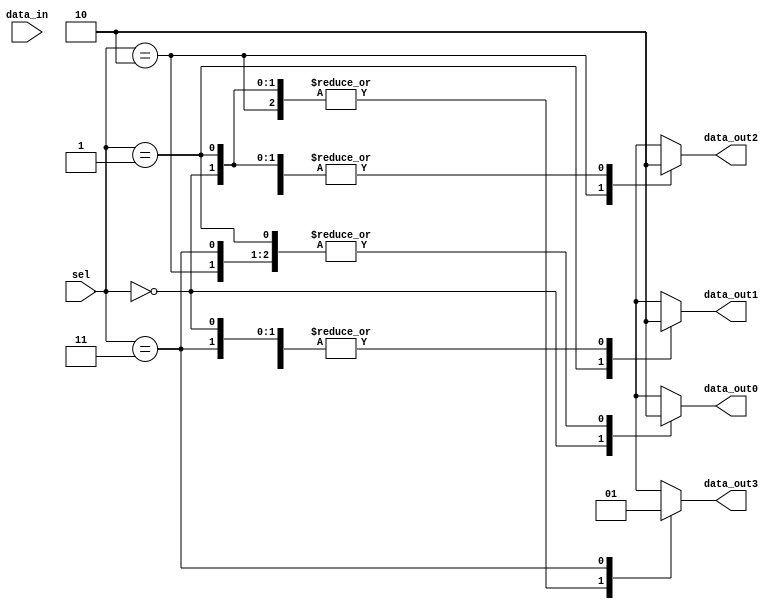
module demux_2to4(
    input [1:0] sel,
    input [3:0] data_in,
    output reg data_out0,
    output reg data_out1,
    output reg data_out2,
    output reg data_out3
);

always @(*)
begin
    case(sel)
        2'b00: begin
            data_out0 = 1;
            data_out1 = 0;
            data_out2 = 0;
            data_out3 = 0;
        end
        2'b01: begin
            data_out0 = 0;
            data_out1 = 1;
            data_out2 = 0;
            data_out3 = 0;
        end
        2'b10: begin
            data_out0 = 0;
            data_out1 = 0;
            data_out2 = 1;
            data_out3 = 0;
        end
        2'b11: begin
            data_out0 = 0;
            data_out1 = 0;
            data_out2 = 0;
            data_out3 = 1;
        end
        default: begin
            data_out0 = 0;
            data_out1 = 0;
            data_out2 = 0;
            data_out3 = 0;
        end
    endcase
end

endmodule